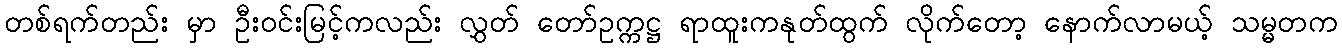
တစ်ရက်တည်း မှာ ဦးဝင်းမြင့်ကလည်း လွှတ် တော်ဥက္ကဋ္ဌ ရာထူးကနုတ်ထွက် လိုက်တော့ နောက်လာမယ့် သမ္မတက